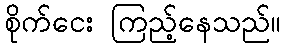
စိုက်ငေး ကြည့်နေသည်။